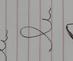
Signature authenticity: forged